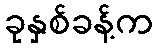
ခုနှစ်ခန့်က